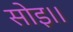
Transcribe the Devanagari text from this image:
सोइ।।